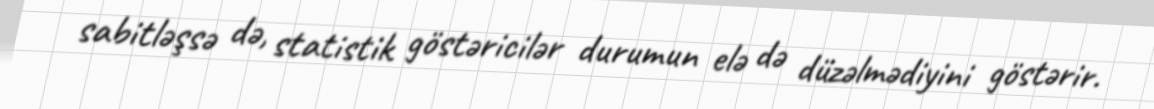
sabitləşsə də, statistik göstəricilər durumun elə də düzəlmədiyini göstərir.